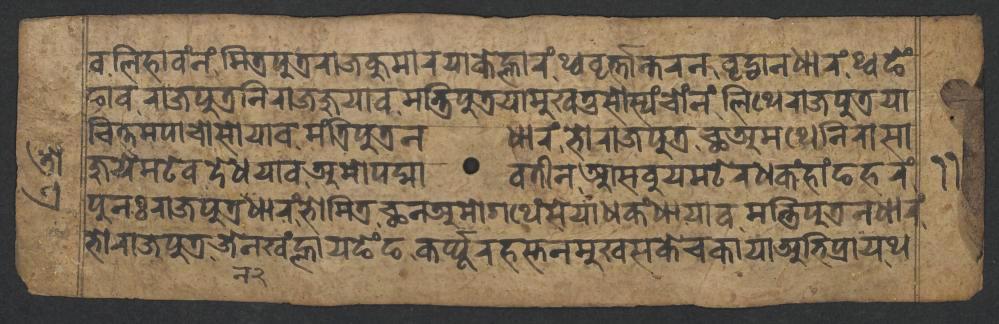
𑐰𑐮𑐶𑐴𑐵𑐰𑑄𑐣𑑄𑐩𑐶𑐟𑑂𑐬𑐥𑐸𑐟𑑂𑐬𑐬𑐵𑐖𑐎𑐸𑐩𑐵𑐬𑐫𑐵𑐎𑐾𑐮𑑂𑐴𑐵𑐬𑑄𑐠𑑂𑐰𑐰𑐺𑐬𑑂𑐟𑑂𑐟𑐵𑐣𑑂𑐟𑐬𑐣𑐰𑐺𑐡𑑂𑐢𑐵𑐣𑐢𑐵𑐬𑑄𑐠𑑂𑐰𑐒𑐾𑑄 𑐒𑐵𑐰𑐬𑐵𑐖𑐥𑐸𑐟𑑂𑐬𑐣𑐶𑐬𑐵𑐖𑐖𑐸𑐫𑐵𑐰𑐩𑐣𑑂𑐟𑑂𑐬𑐶𑐥𑐸𑐟𑑂𑐬𑐫𑐵𑐩𑐸𑐏𑐟𑐸𑐳𑑀𑐳𑑂𑐫𑑄𑐔𑑀𑑄𑐣𑑄𑐮𑐶𑐠𑐾𑐬𑐵𑐖𑐥𑐸𑐟𑑂𑐬𑐫𑐵 𑐔𑐶𑐟𑑂𑐟𑐩𑐥𑐵𑐔𑑀𑐳𑑀𑐫𑐵𑐰𑐩𑑄𑐟𑑂𑐬𑐶𑐥𑐸𑐟𑑂𑐬𑐣𑐢𑐵𑐬𑑄𑐨𑑀𑐬𑐵𑐖𑐥𑐸𑐟𑑂𑐬𑐕𑐀𑐩𑐠𑐾𑐣𑐶𑐬𑐵𑐳𑐵 𑐖𑐸𑐫𑐾𑐩𑐚𑐾𑐰𑐡𑐾𑐢𑐫𑐵𑐰𑐀𑐩𑑀𑐥𑐡𑑂𑐩𑐵𑐰𑐟𑐷𑐣𑐁𑐳𑐧𑐸𑐫𑐩𑐚𑐾𑐬𑐢𑐎𑑄𑐴𑐵𑑄𑐒𑐴𑐬𑑄 𑐥𑐸𑐣𑑅𑐬𑐵𑐖𑐥𑐸𑐟𑑂𑐬𑐢𑐵𑐬𑑄𑐨𑑀𑐩𑐶𑐟𑑂𑐬𑐕𑐣𑐀𑐩𑑀𑐐𑐠𑐾𑑄𑐳𑐾𑐫𑐵𑐢𑐎𑑄𑐢𑐵𑐫𑐵𑐰𑐩𑐣𑑂𑐟𑑂𑐬𑐶𑐥𑐸𑐟𑑂𑐬𑐣𑐢𑐵𑐬𑑄 𑐨𑑀𑐬𑐵𑐖𑐥𑐸𑐟𑑂𑐬𑐖𑐾𑐣𑐏𑑄𑐮𑑂𑐴𑐵𑐫𑐒𑐾𑑄𑐒𑐎𑐬𑑂𑐥𑑂𑐥𑐹𑐬𑐴𑐳𑑂𑐟𑐣𑐩𑐸𑐏𑐳𑐎𑐾𑐔𑐎𑐵𑐫𑐵𑐀𑐨𑐶𑐥𑑂𑐬𑐵𑐫𑐠